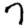
Digit: 7